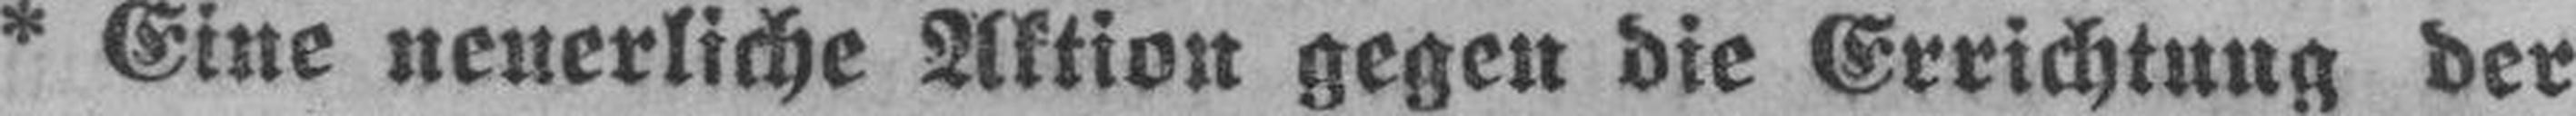
* Eine neuerliche Aktion gegen die Errichtung der